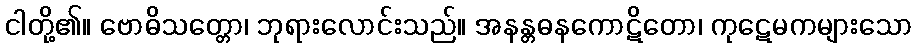
ငါတို့၏။ ဗောဓိသတ္တော၊ ဘုရားလောင်းသည်။ အနန္တဓနကောဋိတော၊ ကုဋေမကများသော